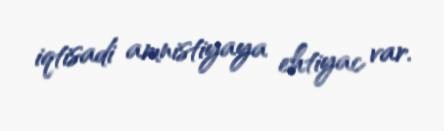
iqtisadi amnistiyaya ehtiyac var.